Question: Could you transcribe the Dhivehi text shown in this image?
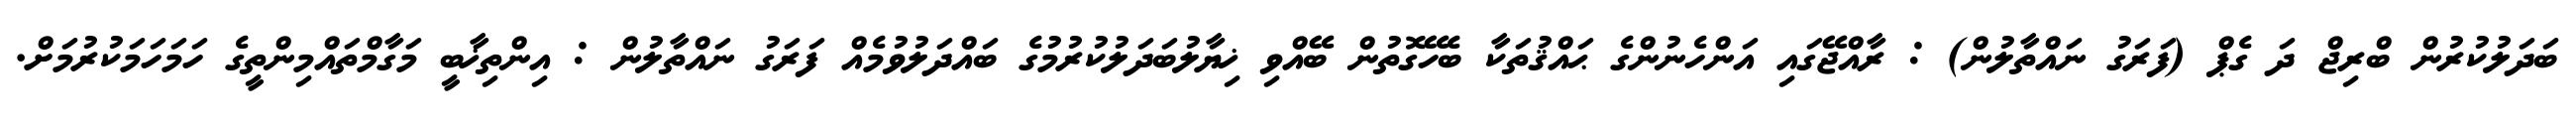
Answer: ބަދަލުކުރުން ބްރިޖް ދަ ގެޕް (ފަރަގު ނައްތާލުން) : ރާއްޖޭގައި އަންހެނުންގެ ޙައްޤުތަކާ ބެހޭގޮތުން ބޭއްވި ޚިޔާލުބަދަލުކުރުމުގެ ބައްދަލުވުމެއް ފަރަގު ނައްތާލުން : އިންތިޚާބީ މަގާމްތައްމިންތީގެ ހަމަހަމަކުރުމަށް.